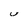
Character: U